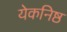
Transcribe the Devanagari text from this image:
येकनिष्ठ